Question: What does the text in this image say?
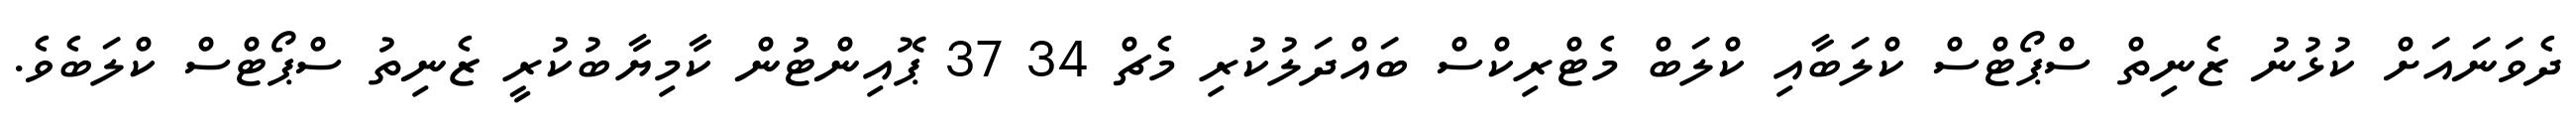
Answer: ދެވަނައަށް ކުޅުނު ޒެނިތް ސްޕޯޓްސް ކްލަބާއި ކްލަބް މެޓްރިކްސް ބައްދަލުކުރި މެޗް 34 37 ޕޮއިންޓުން ކާމިޔާބުކުރީ ޒެނިތު ސްޕޯޓްސް ކްލަބެވެ.